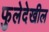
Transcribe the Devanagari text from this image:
फुलेदेखील